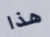
هذا